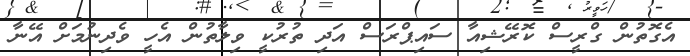
އެގޮތުން ގްރީސް ކޮރޭޝިއާ ސައިޕްރަސް އަދި ތުރުކީ ވިލާތުން އެހީ ވެދިނުމަށް އޭނާ